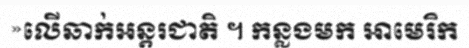
»លើឆាក់អន្តរជាតិ ។ កន្លងមក អាមេរិក